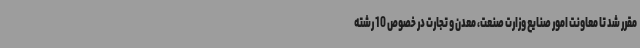
مقرر شد تا معاونت امور صنایع وزارت صنعت، معدن و تجارت در خصوص 10 رشته